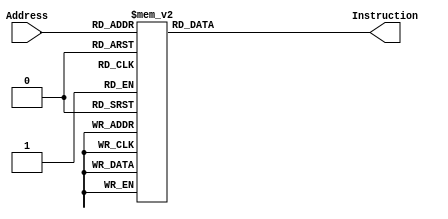
module InstructionMemory(Address, Instruction);
	input [7:0] Address;
	output reg [31:0] Instruction;
	
	always @(*)
	    case (Address)
			0: Instruction <= 32'b00001000000000000000000000010000; // jump to normal???jal???jr???
			1: Instruction <= 32'b00001000000000000000000001100000; //jump to Interrupt
			2: Instruction <= 32'b00001000000000000000000010100000; // jump to error
			15: Instruction <= 32'b00000011111000000000000000001000;//	jr $ra, $ra???17			
			16: Instruction <= 32'b000011_00000000000000000000001111;// jal 15
			17: Instruction <= 32'b00111100000011010100000000000000; // ['', ['lui', '$t5', '0x4000']]
18: Instruction <= 32'b10101101101000000000000000001000; // ['', ['sw', '$zero', '8($t5)']]
19: Instruction <= 32'b00111100000011001111111111111111; // ['', ['lui', '$t4', '0xffff']]
20: Instruction <= 32'b00100000000011001111010000000000; // ['', ['addi', '$t4', '$zero', '0xf400']]
21: Instruction <= 32'b10101101101011000000000000000000; // ['', ['sw', '$t4', '0($t5)']]
22: Instruction <= 32'b00000000000000000111000000100111; // ['', ['nor', '$t6', '$zero', '$zero']]
23: Instruction <= 32'b10101101101011100000000000000100; // ['', ['sw', '$t6', '4($t5)']]
24: Instruction <= 32'b00100000000011000000000000000011; // ['', ['addi', '$t4', '$zero', '0x0003']]
25: Instruction <= 32'b10101101101011000000000000001000; // ['', ['sw', '$t4', '8($t5)']]
26: Instruction <= 32'b00000000000101010100000000101010; // ['loop', ['slt', '$t0', '$zero', '$s5']]
27: Instruction <= 32'b00000000000101100100100000101010; // ['', ['slt', '$t1', '$zero', '$s6']]
28: Instruction <= 32'b00000001000010010101000000100100; // ['', ['and', '$t2', '$t0', '$t1']]
29: Instruction <= 32'b00010101010000000000000000000010; // ['', ['bne', '$t2', '$zero', 'target']]
30: Instruction <= 32'b00000010101000001001000000100000; // ['', ['add', '$s2', '$s5', '$zero']]
31: Instruction <= 32'b00001000000000000000000000011010; // ['', ['j', 'loop']]
32: Instruction <= 32'b00000010110000001001100000100000; // ['target', ['add', '$s3', '$s6', '$zero']]
33: Instruction <= 32'b00000010010100110101100000101010; // ['compare', ['slt', '$t3', '$s2', '$s3']]
34: Instruction <= 32'b00010001011000000000000000000011; // ['', ['beq', '$t3', '$zero', 's2greater']]
35: Instruction <= 32'b00000010010000000110000000100000; // ['', ['add', '$t4', '$s2', '$zero']]
36: Instruction <= 32'b00000010011000001001000000100000; // ['', ['add', '$s2', '$s3', '$zero']]
37: Instruction <= 32'b00000001100000001001100000100000; // ['', ['add', '$s3', '$t4', '$zero']]
38: Instruction <= 32'b00000010010100111010000000100010; // ['s2greater', ['sub', '$s4', '$s2', '$s3']]
39: Instruction <= 32'b00010010100000000000000000000100; // ['', ['beq', '$s4', '$zero', 'finish']]
40: Instruction <= 32'b00000000000000000000000000000000; // ['', ['sll', '$zero', '$zero', '0']]
41: Instruction <= 32'b00000010011000001001000000100000; // ['', ['add', '$s2', '$s3', '$zero']]
42: Instruction <= 32'b00000010100000001001100000100000; // ['', ['add', '$s3', '$s4', '$zero']]
43: Instruction <= 32'b00001000000000000000000000100001; // ['', ['j', 'compare']]
44: Instruction <= 32'b00111100000011010100000000000000; // ['finish', ['lui', '$t5', '0x4000']]
45: Instruction <= 32'b10101101101100110000000000011000; // ['', ['sw', '$s3', '24($t5)']]
46: Instruction <= 32'b10101101101100110000000000001100; // ['', ['sw', '$s3', '12($t5)']]
47: Instruction <= 32'b00000000000000001010100000100000; // ['', ['add', '$s5', '$zero', '$zero']]
48: Instruction <= 32'b00000000000000001011000000100000; // ['', ['add', '$s6', '$zero', '$zero']]
49: Instruction <= 32'b00001000000000000000000000110010; // ['', ['j', 'Exit']]
50: Instruction <= 32'b00111100000010000100000000000000; // ['Exit', ['lui', '$t0', '0x4000']]
51: Instruction <= 32'b10001101000010010000000000100000; // ['', ['lw', '$t1', '32($t0)']]
52: Instruction <= 32'b00100000000010100000000000001000; // ['', ['addi', '$t2', '$zero', '8']]
53: Instruction <= 32'b00000001001010100100100000100100; // ['', ['and', '$t1', '$t1', '$t2']]
54: Instruction <= 32'b00010101001000001111111111100011; // ['', ['bne', '$t1', '$zero', 'loop']]
55: Instruction <= 32'b00001000000000000000000000110010; // ['', ['j', 'Exit']]



			96: Instruction <= 32'b00100011101111011111111111100100; // ['', ['addi', '$sp', '$sp', '-28']]
			97: Instruction <= 32'b10101111101011100000000000011000; // ['', ['sw', '$t6', '24($sp)']]
			98: Instruction <= 32'b10101111101011010000000000010100; // ['', ['sw', '$t5', '20($sp)']]
			99: Instruction <= 32'b10101111101011000000000000010000; // ['', ['sw', '$t4', '16($sp)']]
			100: Instruction <= 32'b10101111101010110000000000001100; // ['', ['sw', '$t3', '12($sp)']]
			101: Instruction <= 32'b10101111101010100000000000001000; // ['', ['sw', '$t2', '8($sp)']]
			102: Instruction <= 32'b10101111101010010000000000000100; // ['', ['sw', '$t1', '4($sp)']]
			103: Instruction <= 32'b10101111101010000000000000000000; // ['', ['sw', '$t0', '0($sp)']]
			104: Instruction <= 32'b00111100000010000100000000000000; // ['', ['lui', '$t0', '0x4000']]
			105: Instruction <= 32'b10001101000010010000000000001000; // ['', ['lw', '$t1', '8($t0)']]
			106: Instruction <= 32'b00100000000010101111111111111001; // ['', ['addi', '$t2', '$zero', '0xFFF9']]
			107: Instruction <= 32'b00000001001010100100100000100100; // ['', ['and', '$t1', '$t1', '$t2']]
			108: Instruction <= 32'b10101101000010010000000000001000; // ['', ['sw', '$t1', '8($t0)']]
			109: Instruction <= 32'b10001101000010010000000000100000; // ['', ['lw', '$t1', '32($t0)']]
			110: Instruction <= 32'b00110001001010100000000000001000; // ['', ['andi', '$t2', '$t1', '0x0008']]
			111: Instruction <= 32'b00010001010000000000000000000111; // ['', ['beq', '$t2', '$zero', 'noload']]
			112: Instruction <= 32'b00010010101000000000000000000100; // ['', ['beq', '$s5', '$zero', 'loads0']]
			113: Instruction <= 32'b00010110110000000000000000000101; // ['', ['bne', '$s6', '$zero', 'noload']]
			114: Instruction <= 32'b10001101000100010000000000011100; // ['', ['lw', '$s1', '28($t0)']]
			115: Instruction <= 32'b00100010001101100000000000000000; // ['', ['addi', '$s6', '$s1', '0']]
			116: Instruction <= 32'b00001000000000000000000001110111; // ['', ['j', 'noload']]
			117: Instruction <= 32'b10001101000100000000000000011100; // ['loads0', ['lw', '$s0', '28($t0)']]
			118: Instruction <= 32'b00100010000101010000000000000000; // ['', ['addi', '$s5', '$s0', '0']]
			119: Instruction <= 32'b10001101000010010000000000010100; // ['noload', ['lw', '$t1', '20($t0)']]
			120: Instruction <= 32'b00000000000100010110000100000010; // ['', ['srl', '$t4', '$s1', '4']]
			121: Instruction <= 32'b00110001001010100000000100000000; // ['', ['andi', '$t2', '$t1', '0x0100']]
			122: Instruction <= 32'b00010001010000000000000000000010; // ['', ['beq', '$t2', '$zero', 'target1']]
			123: Instruction <= 32'b00100000000010110000001000000000; // ['', ['addi', '$t3', '$zero', '0x0200']]
			124: Instruction <= 32'b00001000000000000000000010001001; // ['', ['j', 'finish']]
			125: Instruction <= 32'b00110001001010100000001000000000; // ['target1', ['andi', '$t2', '$t1', '0x0200']]
			126: Instruction <= 32'b00010001010000000000000000000011; // ['', ['beq', '$t2', '$zero', 'target2']]
			127: Instruction <= 32'b00100000000010110000010000000000; // ['', ['addi', '$t3', '$zero', '0x0400']]
			128: Instruction <= 32'b00110010000011000000000000001111; // ['', ['andi', '$t4', '$s0', '0x000F']]
			129: Instruction <= 32'b00001000000000000000000010001001; // ['', ['j', 'finish']]
			130: Instruction <= 32'b00110001001010100000010000000000; // ['target2', ['andi', '$t2', '$t1', '0x0400']]
			131: Instruction <= 32'b00010001010000000000000000000011; // ['', ['beq', '$t2', '$zero', 'target3']]
			132: Instruction <= 32'b00100000000010110000100000000000; // ['', ['addi', '$t3', '$zero', '0x0800']]
			133: Instruction <= 32'b00000000000100000110000100000010; // ['', ['srl', '$t4', '$s0', '4']]
			134: Instruction <= 32'b00001000000000000000000010001001; // ['', ['j', 'finish']]
			135: Instruction <= 32'b00100000000010110000000100000000; // ['target3', ['addi', '$t3', '$zero', '0x0100']]
			136: Instruction <= 32'b00110010001011000000000000001111; // ['', ['andi', '$t4', '$s1', '0x000F']]
			137: Instruction <= 32'b00000000000011000110000010000000; // ['finish', ['sll', '$t4', '$t4', '2']]
			138: Instruction <= 32'b10001101100011010000000000000000; // ['', ['lw', '$t5', '0($t4)']]
			139: Instruction <= 32'b00000001101010110111000000100000; // ['', ['add', '$t6', '$t5', '$t3']]
			140: Instruction <= 32'b10101101000011100000000000010100; // ['', ['sw', '$t6', '20($t0)']]
			141: Instruction <= 32'b10001101000010010000000000001000; // ['', ['lw', '$t1', '8($t0)']]
			142: Instruction <= 32'b00100000000010100000000000000010; // ['', ['addi', '$t2', '$zero', '0x0002']]
			143: Instruction <= 32'b00000001001010100101100000100101; // ['', ['or', '$t3', '$t1', '$t2']]
			144: Instruction <= 32'b10101101000010110000000000001000; // ['', ['sw', '$t3', '8($t0)']]
			145: Instruction <= 32'b10001111101010000000000000000000; // ['', ['lw', '$t0', '0($sp)']]
			146: Instruction <= 32'b10001111101010010000000000000100; // ['', ['lw', '$t1', '4($sp)']]
			147: Instruction <= 32'b10001111101010100000000000001000; // ['', ['lw', '$t2', '8($sp)']]
			148: Instruction <= 32'b10001111101010110000000000001100; // ['', ['lw', '$t3', '12($sp)']]
			149: Instruction <= 32'b10001111101011000000000000010000; // ['', ['lw', '$t4', '16($sp)']]
			150: Instruction <= 32'b10001111101011010000000000010100; // ['', ['lw', '$t5', '20($sp)']]
			151: Instruction <= 32'b10001111101011100000000000011000; // ['', ['lw', '$t6', '24($sp)']]
			152: Instruction <= 32'b00100011101111010000000000011100; // ['', ['addi', '$sp', '$sp', '28']]
			153: Instruction <= 32'b00000011010000000000000000001000; // ['', ['jr', '$k0']]

			160: Instruction <= 32'b00000000000000000000000000000000; // ['error', ['nop']]
			161: Instruction <= 32'b00001000000000000000000010100000; // ['', ['j', 'error']] 
			default: Instruction <= 32'h00000000;
		endcase
		
endmodule